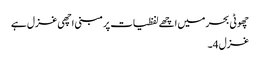
چھوٹی بحر میں اچھے لفظیات پر مبنی اچھی غزل ہے
غزل 4۔